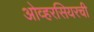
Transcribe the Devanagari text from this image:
ओव्हरसियरची